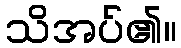
သိအပ်၏။